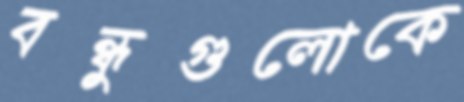
বন্ধুগুলোকে